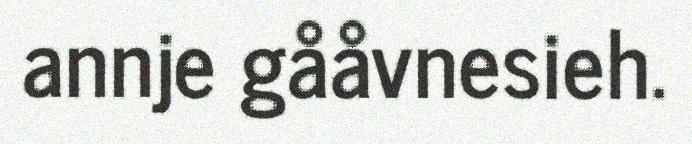
annje gååvnesieh.